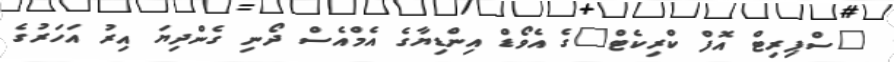
"ސްޕިރިޓް އޮފް ކްރިކެޓް"ގެ އެވޯޑް އިންޑިޔާގެ އެމްއެސް ދޯނި ގެންދިޔަ އިރު އަހަރުގެ